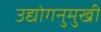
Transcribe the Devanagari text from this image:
उद्योगनुमुखी